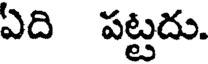
ఏది పట్టదు.